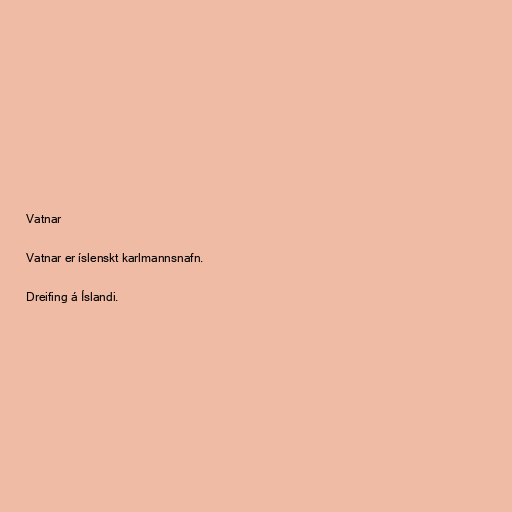
Vatnar

Vatnar er íslenskt karlmannsnafn.

Dreifing á Íslandi.